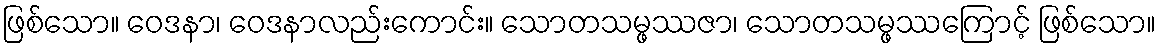
ဖြစ်သော။ ဝေဒနာ၊ ဝေဒနာလည်းကောင်း။ သောတသမ္ဖဿဇာ၊ သောတသမ္ဖဿကြောင့် ဖြစ်သော။